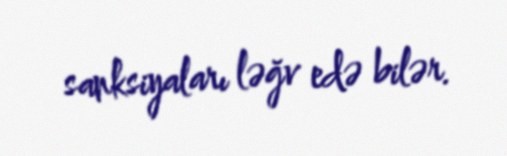
sanksiyaları ləğv edə bilər.